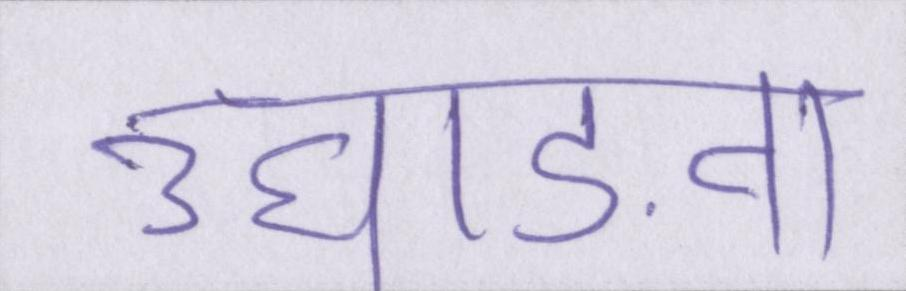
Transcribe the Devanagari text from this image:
उघाड़ना